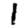
Digit: 1